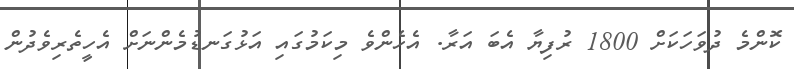
ކޮންމެ ދުވަހަކަށް 1800 ރުފިޔާ އެބަ އަރާ. އެހެންވެ މިކަމުގައި އަޅުގަނޑުމެންނަށް އެހީތެރިވެދުން